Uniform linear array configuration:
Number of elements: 16
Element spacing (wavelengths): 1
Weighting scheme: binomial
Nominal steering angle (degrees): -60
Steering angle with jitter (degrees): -59.849
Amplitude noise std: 0.05
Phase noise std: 0.05

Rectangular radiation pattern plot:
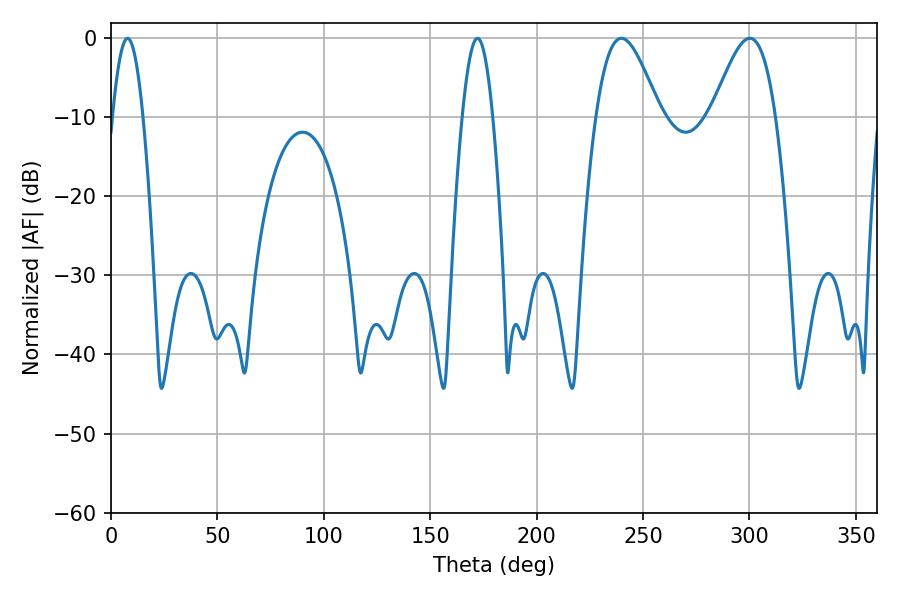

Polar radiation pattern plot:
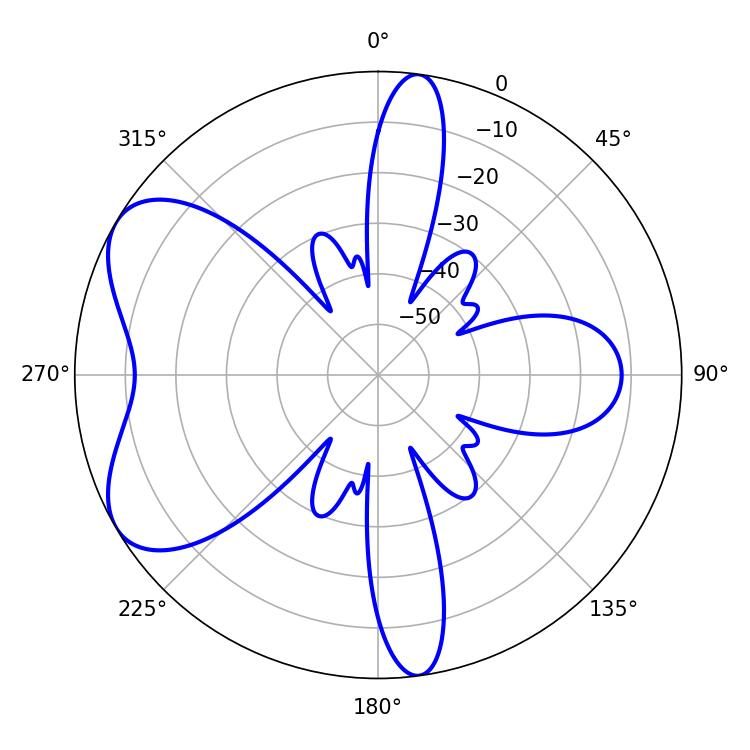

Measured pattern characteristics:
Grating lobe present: TRUE
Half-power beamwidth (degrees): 15.84
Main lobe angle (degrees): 239.76